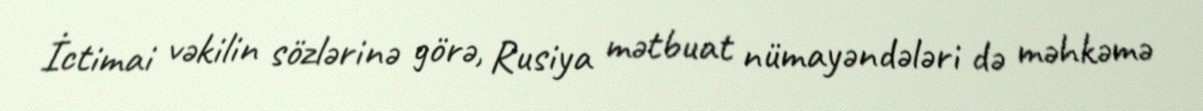
İctimai vəkilin sözlərinə görə, Rusiya mətbuat nümayəndələri də məhkəmə